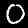
Label: 0